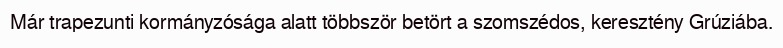
Már trapezunti kormányzósága alatt többször betört a szomszédos, keresztény Grúziába.